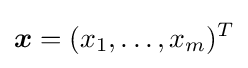
{\boldsymbol {x}}=(x_{1},\ldots ,x_{m})^{T}